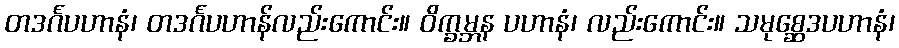
တဒင်္ဂပဟာနံ၊ တဒင်္ဂပဟာန်လည်းကောင်း။ ဝိက္ခမ္ဘန ပဟာနံ၊ လည်းကောင်း။ သမုစ္ဆေဒပဟာနံ၊